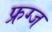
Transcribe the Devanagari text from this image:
फ्रग्ज